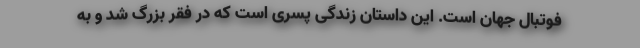
فوتبال جهان است. این داستان زندگی پسری است که در فقر بزرگ شد و به